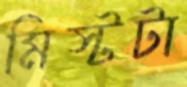
মিস্টটা